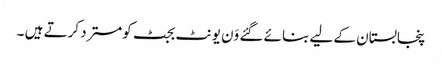
پنجابستان کے لیے بنائے گئے وَن یونٹ بجٹ کومسترد کرتے ہیں ۔